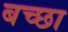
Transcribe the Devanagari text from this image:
बच्छा